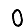
Digit: 0